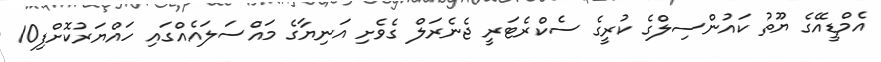
އެމްޑީއޭގެ ޔޫތު ކައުންސިލްގެ ކުރީގެ ސެކްރެޓަރީ ޖެނެރަލް ގެވެށި އަނިޔާގެ މައްސަލައެއްގައި ހައްޔަރުކޮށްފި10